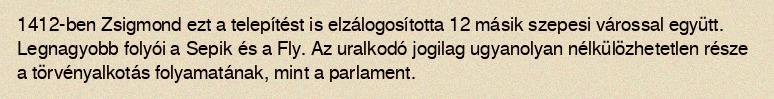
1412-ben Zsigmond ezt a telepítést is elzálogosította 12 másik szepesi várossal együtt. Legnagyobb folyói a Sepik és a Fly. Az uralkodó jogilag ugyanolyan nélkülözhetetlen része a törvényalkotás folyamatának, mint a parlament.